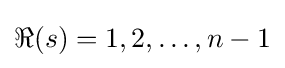
\Re (s)=1,2,\dots ,n-1